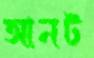
আনট